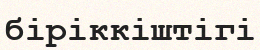
біріккіштігі